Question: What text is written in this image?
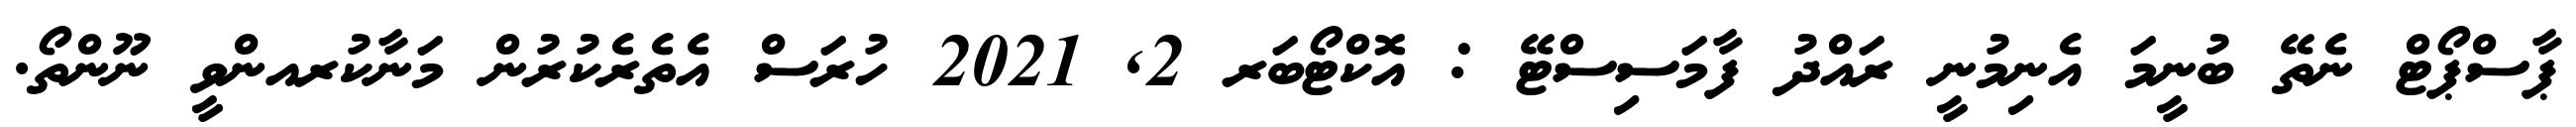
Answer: ޕާސްޕޯޓް ނެތޭ ބުނީމަ އެނިމުނީ ރައްދު ފާމަސިސްޓޭ : އޮކްޓޯބަރ 2, 2021 ހުރަސް އެތެރެކުރުން މަނާކުރއންވީ ނޫންތޯ.